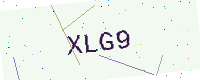
Text: XLG9